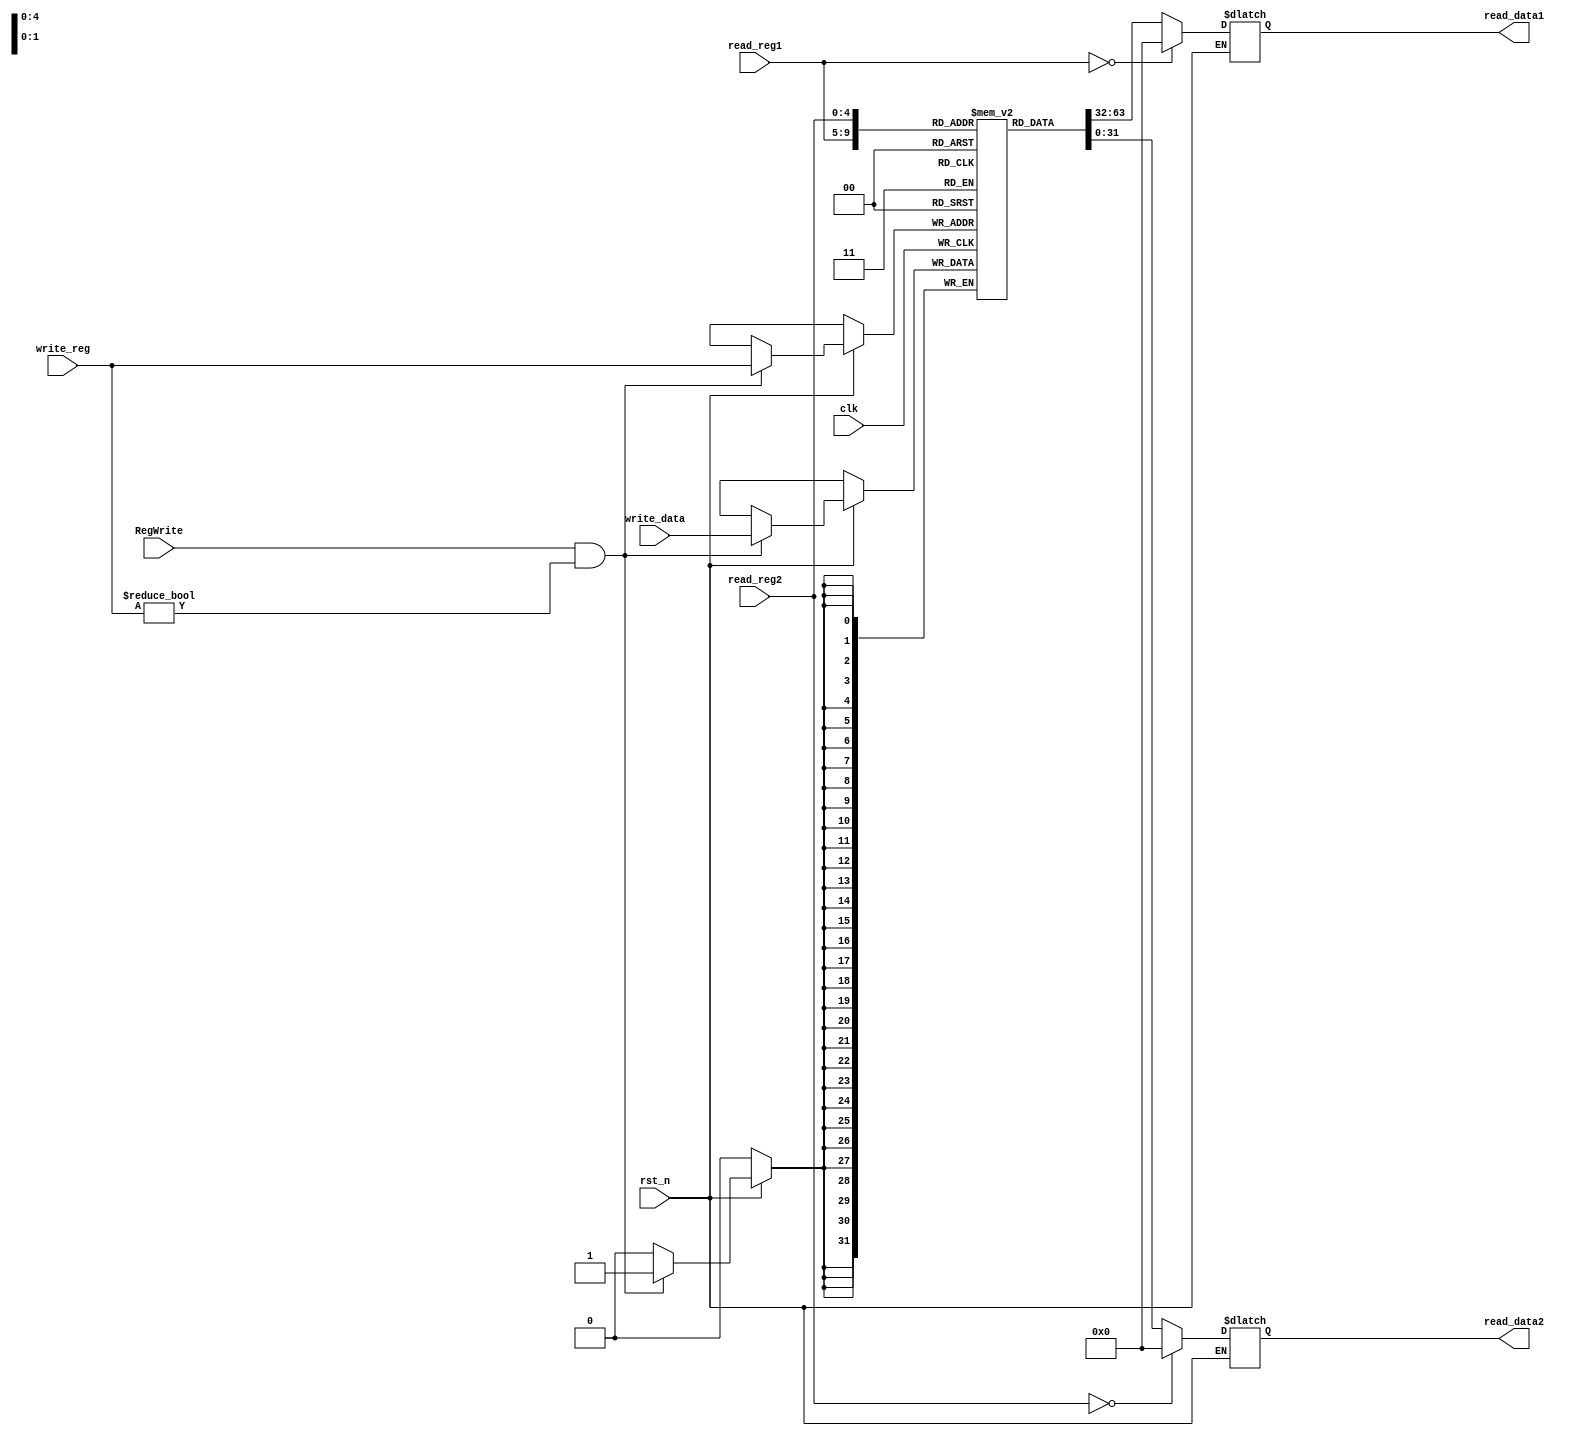
`timescale 1ns / 1ps

module registers(
    input wire rst_n,
    input wire clk,
    input wire [4:0] read_reg1,
    input wire [4:0] read_reg2,
    input wire [4:0] write_reg,
    input wire [31:0] write_data,
    output reg [31:0] read_data1,
    output reg [31:0] read_data2,
    input wire RegWrite
);

reg [31:0] registers [31:0]; // Array of 32 registers

always @* begin
    if (rst_n) begin
        read_data1 = (read_reg1 == 0) ? 32'd0 : registers[read_reg1];
        read_data2 = (read_reg2 == 0) ? 32'd0 : registers[read_reg2];
    end
end

always @(posedge clk) begin
    if(rst_n) begin
        if (RegWrite && write_reg != 0) begin
            registers[write_reg] <= write_data;
        end
    end
end

endmodule